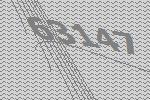
63147